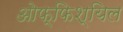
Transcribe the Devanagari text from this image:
ओफ्फिश्यिल